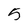
Character: 5